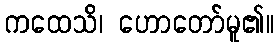
ကထေသိ၊ ဟောတော်မူ၏။